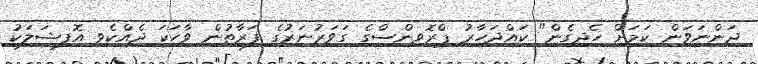
ދަންނަވަން ކަމަށް ހެދިގެން" ކައްދަހާރު ޕްރޮވިންސްގެ ގަވަރުނަރުގެ ފަރާތުން ވާހަކަ ދެއްކެވި އޮފިޝަލަކު